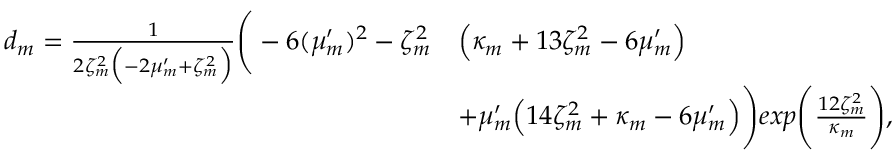
\begin{array} { r l } { d _ { m } = \frac { 1 } { 2 \zeta _ { m } ^ { 2 } \Big ( - 2 \mu _ { m } ^ { \prime } + \zeta _ { m } ^ { 2 } \Big ) } \Bigg ( - 6 ( \mu _ { m } ^ { \prime } ) ^ { 2 } - \zeta _ { m } ^ { 2 } } & { \Big ( \kappa _ { m } + 1 3 \zeta _ { m } ^ { 2 } - 6 \mu _ { m } ^ { \prime } \Big ) } \\ & { + \mu _ { m } ^ { \prime } \Big ( 1 4 \zeta _ { m } ^ { 2 } + \kappa _ { m } - 6 \mu _ { m } ^ { \prime } \Big ) \Bigg ) e x p \Bigg ( \frac { 1 2 \zeta _ { m } ^ { 2 } } { \kappa _ { m } } \Bigg ) , } \end{array}